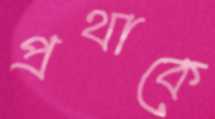
প্রথাকে